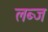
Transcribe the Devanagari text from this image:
लब्ज